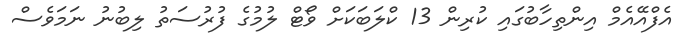
އެފްއޭއެމް އިންތިހާބުގައި ކުރިން 13 ކްލަބަކަށް ވޯޓް ލުމުގެ ފުރުސަތު ލިބުނު ނަމަވެސް